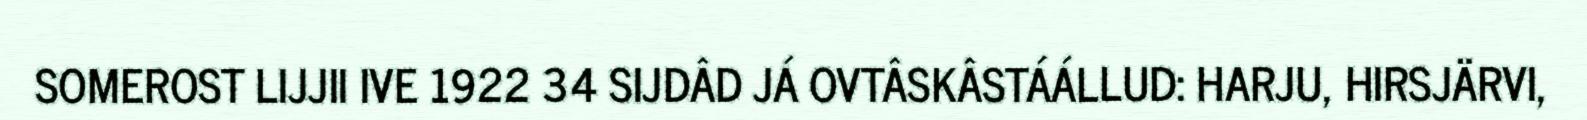
SOMEROST LIJJII IVE 1922 34 SIJDÂD JÁ OVTÂSKÂSTÁÁLLUD: HARJU, HIRSJÄRVI,